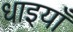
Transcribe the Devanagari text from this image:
धाइयाँ